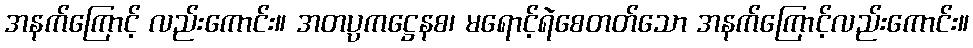
အနက်ကြောင့် လည်းကောင်း။ အတပ္ပကဋ္ဌေနစ၊ မရောင့်ရဲစေတတ်သော အနက်ကြောင့်လည်းကောင်း။